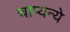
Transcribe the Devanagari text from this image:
चाप्यन्ये